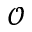
\mathcal { O }